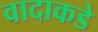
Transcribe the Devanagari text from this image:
वादाकडे